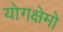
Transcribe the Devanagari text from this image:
योगक्षेमो